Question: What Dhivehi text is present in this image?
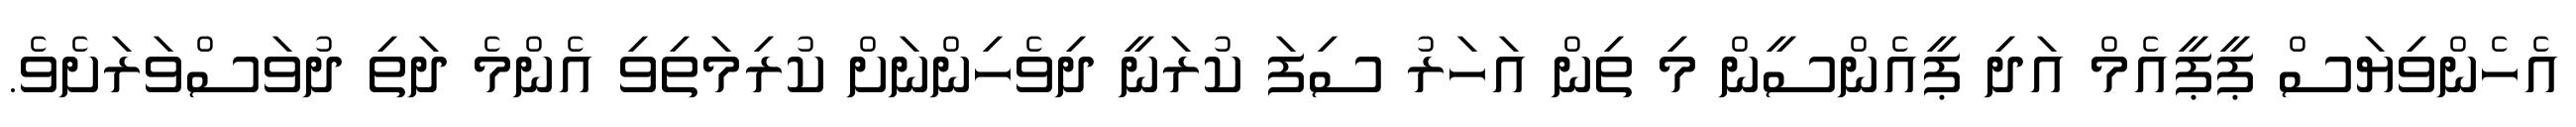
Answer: އެހެންވިޔަސް ޕީޕީއެމް އަދި ޕީއެންސީން މި ތިން އަހަރު ސިފަ ކުރަނީ ދިވެހިންނަށް ކުރިމަތިވި އެންމެ ދަތި ދުވަސްވަރަށެވެ.